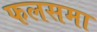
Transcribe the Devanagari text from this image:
फलसमा